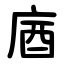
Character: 庮